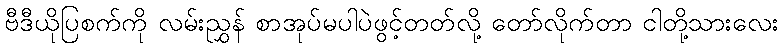
ဗီဒီယိုပြစက်ကို လမ်းညွှန် စာအုပ်မပါပဲဖွင့်တတ်လို့ တော်လိုက်တာ ငါတို့သားလေး